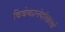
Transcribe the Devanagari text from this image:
विवेकानंदांसारखे